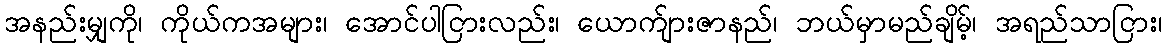
အနည်းမျှကို၊ ကိုယ်ကအများ၊ အောင်ပါငြားလည်း၊ ယောက်ျားဇာနည်၊ ဘယ်မှာမည်ချိမ့်၊ အရည်သာငြား၊